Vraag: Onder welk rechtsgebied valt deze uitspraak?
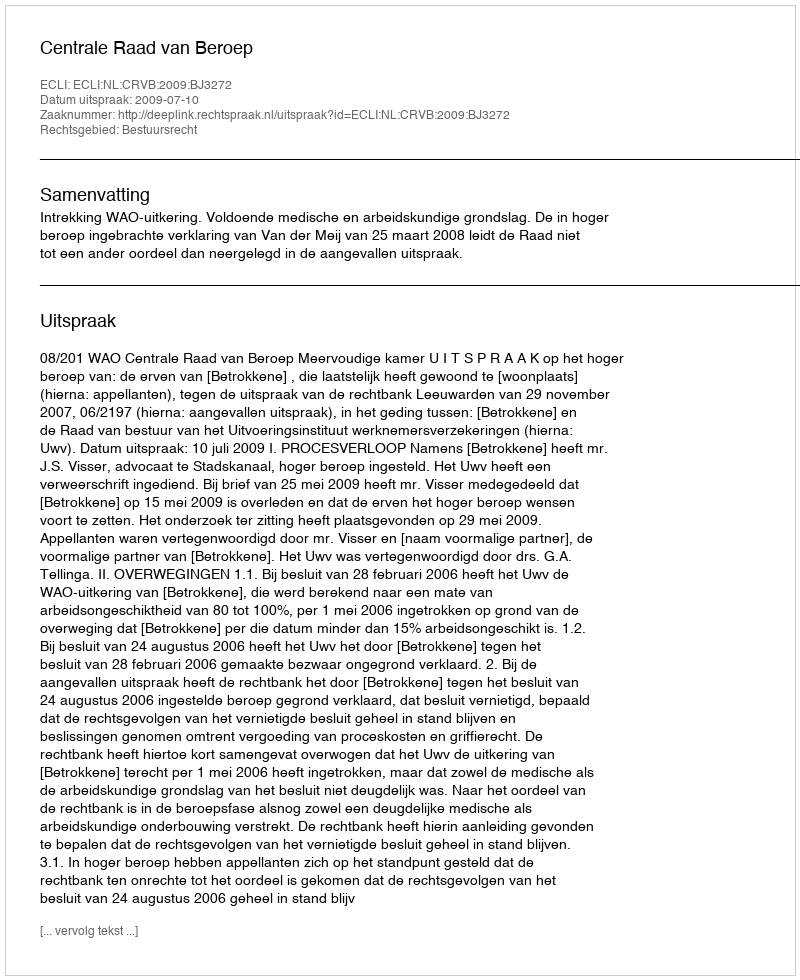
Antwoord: Bestuursrecht